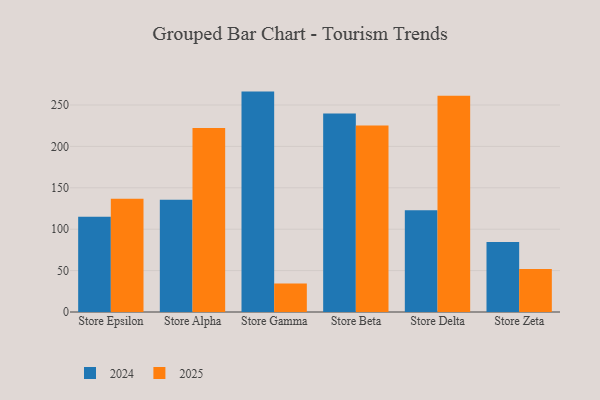
{"axis": {"x": "Store", "y": "Page Views"}, "legend": ["2024", "2025"], "data": [{"x": "Store Epsilon", "y": 136.9, "type": "2025"}, {"x": "Store Epsilon", "y": 114.9, "type": "2024"}, {"x": "Store Alpha", "y": 222.3, "type": "2025"}, {"x": "Store Alpha", "y": 135.6, "type": "2024"}, {"x": "Store Gamma", "y": 34.4, "type": "2025"}, {"x": "Store Gamma", "y": 266.2, "type": "2024"}, {"x": "Store Beta", "y": 225.4, "type": "2025"}, {"x": "Store Beta", "y": 239.6, "type": "2024"}, {"x": "Store Delta", "y": 261.2, "type": "2025"}, {"x": "Store Delta", "y": 122.9, "type": "2024"}, {"x": "Store Zeta", "y": 51.8, "type": "2025"}, {"x": "Store Zeta", "y": 84.6, "type": "2024"}]}